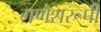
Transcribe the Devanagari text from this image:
गणेशरूपी